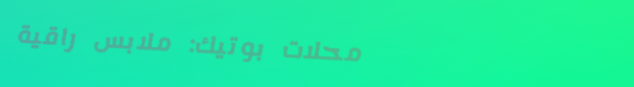
محلات بوتيك: ملابس راقية